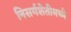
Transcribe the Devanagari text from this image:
निसर्गशेतीमध्ये